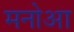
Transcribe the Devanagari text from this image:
मनोआ